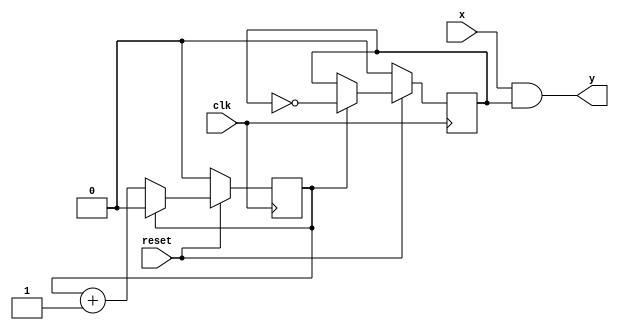
`timescale 1ns / 1ps
//////////////////////////////////////////////////////////////////////////////////
// Company: 
// Engineer: 
// 
// Design Name: 
// Module Name:    two_ASK 
// Project Name: 
// Target Devices: 
// Tool versions: 
// Description: 
//
// Dependencies: 
//
// Revision: 
// Revision 0.01 - File Created
// Additional Comments: 
//
//////////////////////////////////////////////////////////////////////////////////
module two_ASK(clk, reset, x, y);
input clk;
input reset;
input x; //
output y;



// cnt 
reg  cnt;
// carriers,clk4
reg carriers;

always @(posedge clk) begin
  if(!reset) begin
    cnt <= 1'b0;
    carriers <= 0;
  end
  else begin
    if (cnt == 1'b1) begin
       cnt <= 1'b0;
       carriers <= ~carriers;
    end
    else begin
       carriers <= carriers;
       cnt <= cnt + 1;
    end
  end
end

// 
assign y = x & carriers;

endmodule